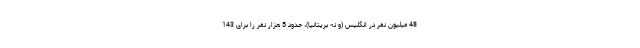
48 میلیون نفر در انگلیس (و نه بریتانیا)، حدود 5 هزار نفر را برای 143